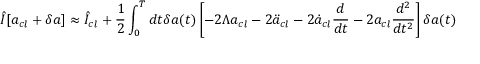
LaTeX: \hat { I } [ a _ { c l } + \delta a ] \approx \hat { I } _ { c l } + \frac { 1 } { 2 } \int _ { 0 } ^ { T } d t \delta a ( t ) \left[ - 2 \Lambda a _ { c l } - 2 \ddot { a } _ { c l } - 2 \dot { a } _ { c l } \frac { d } { d t } - 2 a _ { c l } \frac { d ^ { 2 } } { d t ^ { 2 } } \right] \delta a ( t )